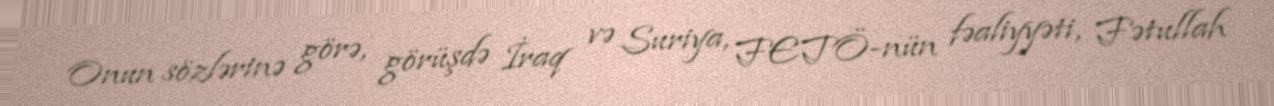
Onun sözlərinə görə, görüşdə İraq və Suriya, FETÖ-nün fəaliyyəti, Fətullah